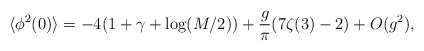
\begin{align*}\langle \phi^2(0)\rangle =-4(1+\gamma +\log (M/2))+\frac{g}{\pi}(7\zeta(3)-2)+O(g^2),\end{align*}